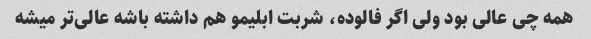
همه چی عالی بود ولی اگر فالوده، شربت ابلیمو هم داشته باشه عالی‌تر میشه